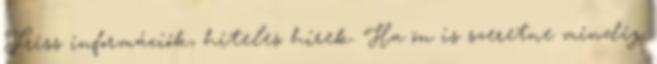
Friss információk, hiteles hírek. Ha ön is szeretne mindig